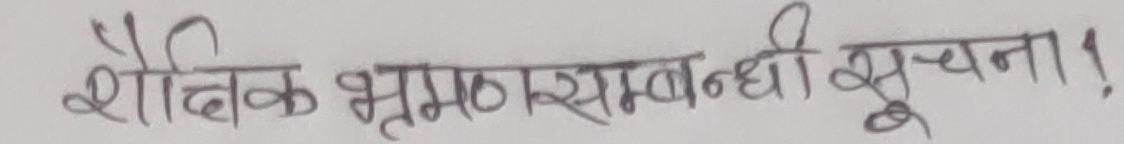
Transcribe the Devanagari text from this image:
शैक्षिक भ्रमण सम्बन्धी सूचना १